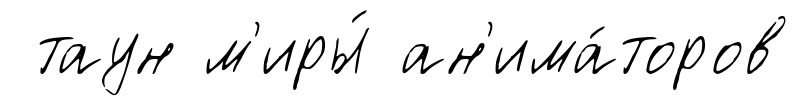
таун м'иры́ ан'има́торов